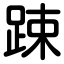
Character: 踈